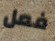
فعل